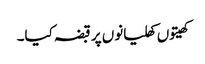
کھیتوں کھلیانوں پر قبضہ کیا۔